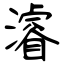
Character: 濬